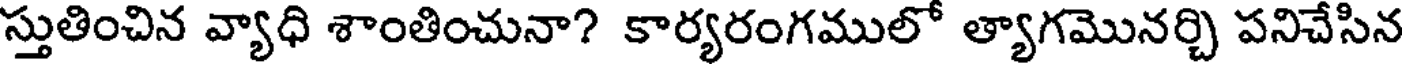
స్తుతించిన వ్యాధి శాంతించునా? కార్యరంగములో త్యాగమొనర్చి పనిచేసిన